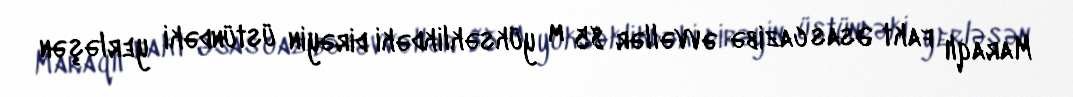
Maraqlı fakt Əsas cazibə əvvəllər 85 m yüksəklikdəki dirəyin üstündəki yerləşən